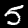
Label: 5